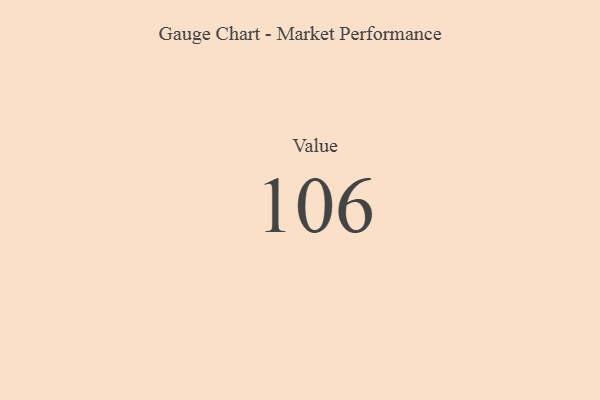
{"axis": {"x": "Metric", "y": "Value"}, "legend": [""], "data": [{"x": "Value", "y": 106, "type": ""}]}